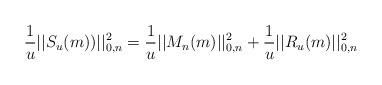
\begin{align*}\frac{1}{u}||S_{u}(m))||_{0,n}^{2}=\frac{1}{u}||M_{n}(m)||_{0,n}^{2}+\frac{1}{u}||R_{u}(m)||_{0,n}^{2} \end{align*}